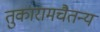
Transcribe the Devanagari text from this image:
तुकारामचैतन्य